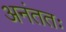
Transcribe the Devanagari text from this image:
अनंततः